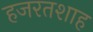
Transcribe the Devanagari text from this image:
हजरतशाह